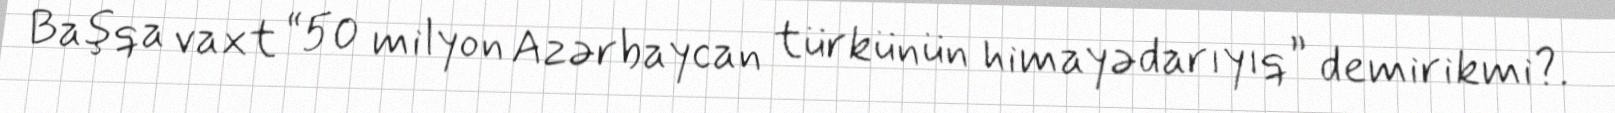
Başqa vaxt “50 milyon Azərbaycan türkünün himayədarıyıq” demirikmi?.